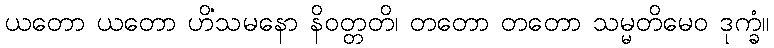
ယတော ယတော ဟိံသမနော နိဝတ္တတိ၊ တတော တတော သမ္မတိမေဝ ဒုက္ခံ။